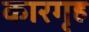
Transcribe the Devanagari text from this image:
कारगृह